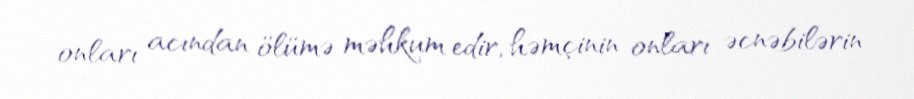
onları acından ölümə məhkum edir, həmçinin onları əcnəbilərin